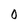
Character: O